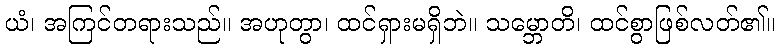
ယံ၊ အကြင်တရားသည်။ အဟုတွာ၊ ထင်ရှားမရှိဘဲ။ သမ္ဘောတိ၊ ထင်စွာဖြစ်လတ်၏။